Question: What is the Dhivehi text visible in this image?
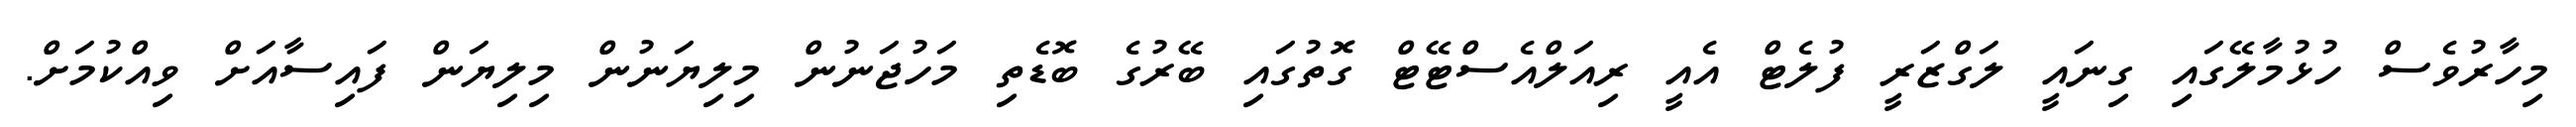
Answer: މިހާރުވެސް ހުޅުމާލޭގައި ގިނައީ ލަގްޒަރީ ފުލެޓް އެއީ ރިއަލްއެސްޓޭޓް ގޮތުގައި ބޭރުގެ ބޮޑެތި މަހުޖަނުން މިލިޔަނުން މިލިޔަން ފައިސާއަށް ވިއްކުމަށް.